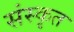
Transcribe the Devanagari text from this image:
संस्कृत